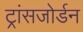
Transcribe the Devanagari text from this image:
ट्रांसजोर्डन